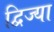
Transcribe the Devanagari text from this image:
द्विज्या